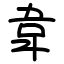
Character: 韋